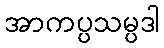
အာကပ္ပသမ္ပဒါ